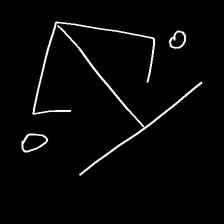
Glyph: earth